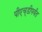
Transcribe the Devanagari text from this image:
पीएच्‌डीपर्यंत